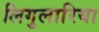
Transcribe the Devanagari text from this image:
लिगुलारिया